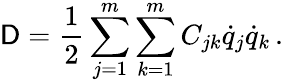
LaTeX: \mathsf{D}={\frac{{1}}{{2}}}\sum_{j=1}^{m}\sum_{k=1}^{m}C_{jk}{\dot{{q}}}_{j}{\dot{{q}}}_{k}\, .